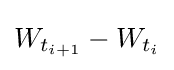
W_{t_{i+1}}-W_{t_{i}}